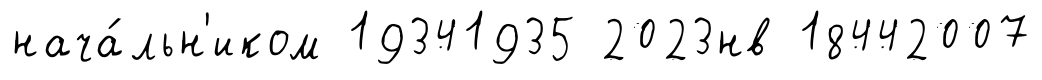
нача́льн'иком 19341935 2023нв 18442007